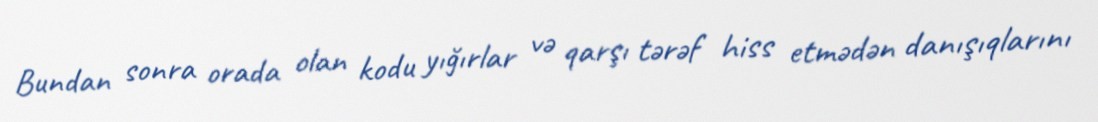
Bundan sonra orada olan kodu yığırlar və qarşı tərəf hiss etmədən danışıqlarını